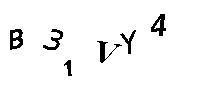
B31VY4